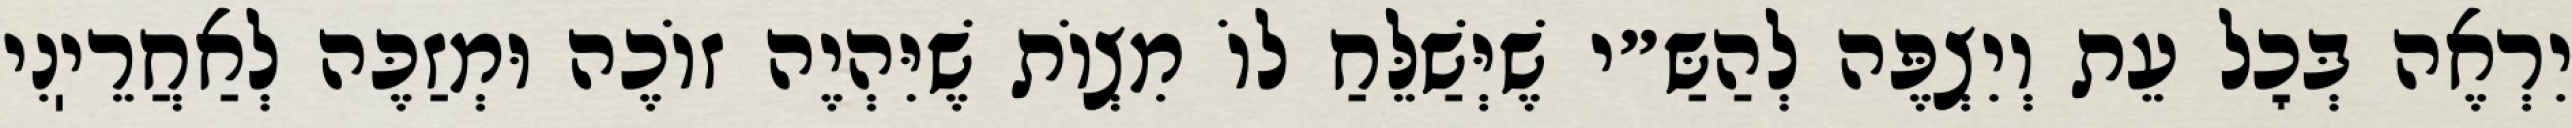
יִרְאֶה בְּכׇל עֵת וְיִצְפֶּה לְהַשַּ״י שֶׁיְּשַׁלֵּחַ לוֹ מִצְוֹת שֶׁיִּהְיֶה זוֹכֶה וּמְזַכֶּה לְאַחֲרֵיֽנִי